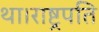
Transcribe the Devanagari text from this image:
था।राष्ट्रपति